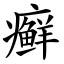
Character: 癣